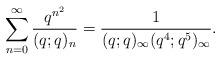
LaTeX: \begin{align*} \sum_{n=0}^\infty \frac{q^{n^2}}{(q;q)_n} &= \frac{1}{(q;q)_\infty (q^4; q^5)_\infty}.\end{align*}